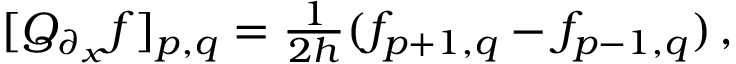
\begin{array} { r } { [ Q _ { \partial _ { x } } f ] _ { p , q } = \frac { 1 } { 2 h } ( f _ { p + 1 , q } - f _ { p - 1 , q } ) \, , } \end{array}